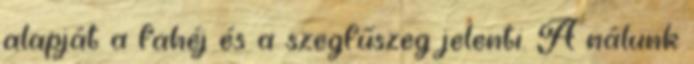
alapját a fahéj és a szegfűszeg jelenti. A nálunk